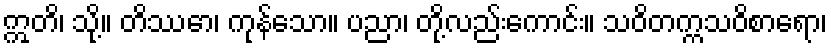
ဣတိ၊ သို့။ တိဿော၊ ကုန်သော။ ပညာ၊ တို့လည်းကောင်း။ သဝိတက္ကသဝိစာရော၊